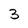
Character: 3